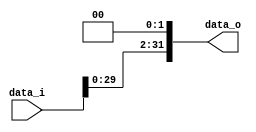
// 0516244 TAY CHUN KEAT ???

module Shift_Left_Two_32(
    data_i,
    data_o
);

//I/O ports                    
input  [32-1:0] data_i;
output [32-1:0] data_o;

wire   [32-1:0] data_o;
//shift left 2
assign data_o = {data_i[29:0], 2'b00};     
endmodule